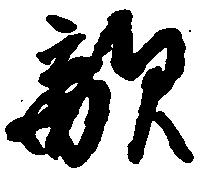
敵